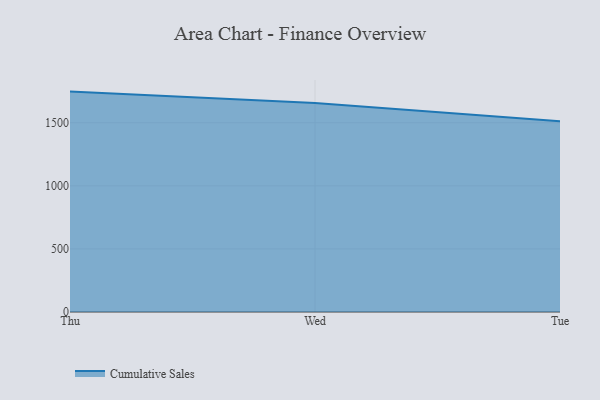
{"axis": {"x": "Day", "y": "Waste Production (Tons)"}, "legend": ["Cumulative Sales"], "data": [{"x": "Thu", "y": 1746.8, "type": "Cumulative Sales"}, {"x": "Wed", "y": 1655.9, "type": "Cumulative Sales"}, {"x": "Tue", "y": 1512.0, "type": "Cumulative Sales"}]}